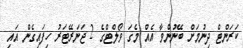
ކަރަންޓް ދިނުމަށް ބޭނުންވާ އެއް މެގަ ވޯލްޓްގެ 2 ޖަނަރޭޓަރު ހިފައިގެން އައި